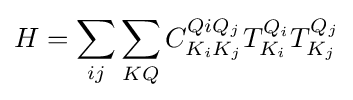
H=\sum _{ij}\sum _{KQ}C_{K_{i}K_{j}}^{Q{i}Q_{j}}T_{K_{i}}^{Q_{i}}T_{K_{j}}^{Q_{j}}